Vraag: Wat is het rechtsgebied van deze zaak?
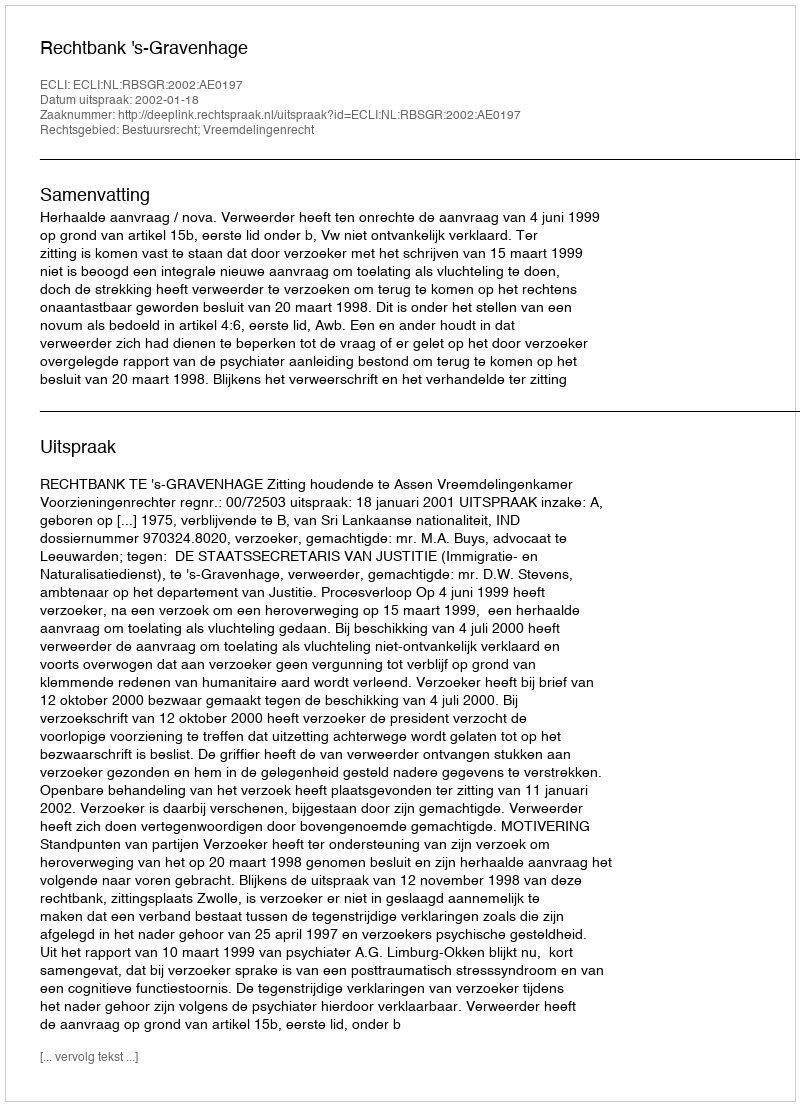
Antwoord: Bestuursrecht; Vreemdelingenrecht